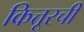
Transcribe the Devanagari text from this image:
कित्तूरची